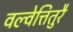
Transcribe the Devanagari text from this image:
वल्वेत्तितुरै